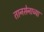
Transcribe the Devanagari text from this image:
तानसेनाच्या